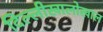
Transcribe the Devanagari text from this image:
दिल्लीखालोखाल